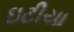
ઇટીયા